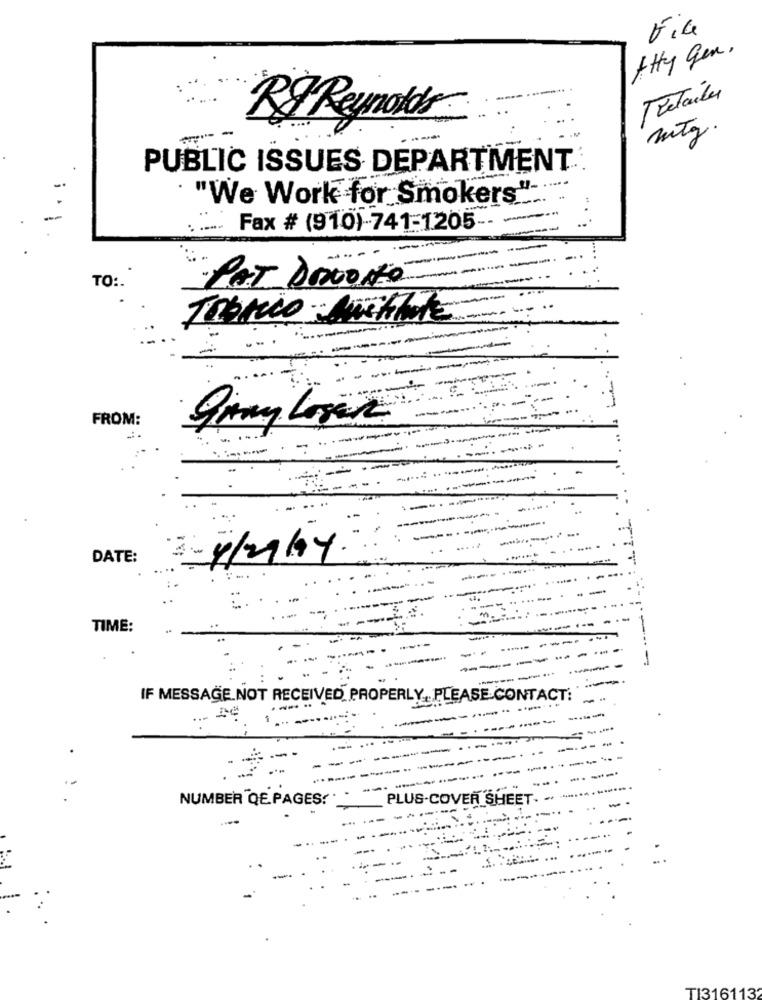
Atty gen,
Tretailer
RJ Reynolds
mitg.
--
PUBLIC ISSUES DEPARTMENT
"We Work for Smokers'
Fax # (910)-741-1205
...
-
PAT DEVONO
TO :.
Tablo einethatE
FROM:
-
-
DATE:
3 -4/2/04.
.......
-
-------
..
TIME:
------ -----
IF MESSAGE.NOT RECEIVED PROPERLY, PLEASE CONTACT:
.. ........
----
... De
-
......
----.
-----
-...
...
NUMBER"QE PAGES !*
PLUS-COVER SHEET. .
TI3161132